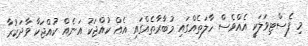
މި ފެސްޓިވަލަކީ އެއްވެސް ހާލަތެއްގައި މުބާރާތެއްގައި އެއް ކުއްޖަކު އަނެއް ކުއްޖަކާ ވާދަކުރާ